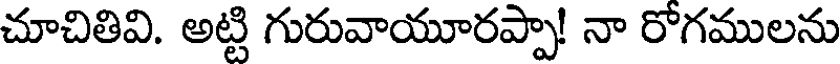
చూచితివి. అట్టి గురువాయూరప్పా! నా రోగములను